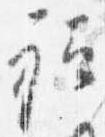
祗